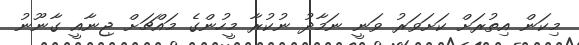
މިކަން އިތުރަށް ކަށަވަރު ވަނީ ނަމާދު ނުކުރާ މީހުންގެ މައްޗަށް ޖިނާއީ ގާނޫނު